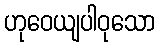
ဟုဝေယျပါဝုသော